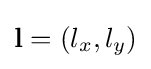
\mathbf {l} =(l_{x},l_{y})